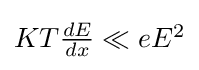
{\textstyle KT{\frac {dE}{dx}}\ll eE^{2}}